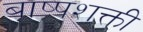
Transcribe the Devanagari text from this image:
बाष्पशक्ती